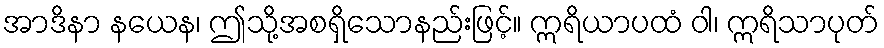
အာဒိနာ နယေန၊ ဤသို့အစရှိသောနည်းဖြင့်။ ဣရိယာပထံ ဝါ၊ ဣရိသာပုတ်